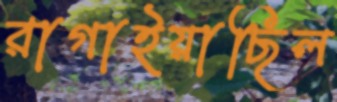
রাগাইয়াছিল